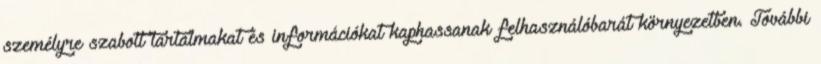
személyre szabott tartalmakat és információkat kaphassanak felhasználóbarát környezetben. További